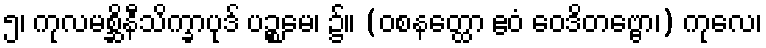
၅၊ ကုလမစ္ဆိနီသိက္ခာပုဒ် ပဉ္စမေ၊ ၌။ (ဝစနတ္ထော ဧဝံ ဝေဒိတဗ္ဗော၊) ကုလေ၊